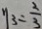
y _ { 3 } = \frac { 2 } { 3 }